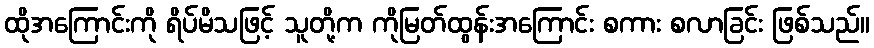
ထိုအကြောင်းကို ရိပ်မိသဖြင့် သူတို့က ကိုမြတ်ထွန်းအကြောင်း စကား စလာခြင်း ဖြစ်သည်။